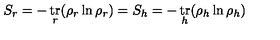
S _ { r } = - \mathop { \mathrm { t r } } _ { r } ( \rho _ { r } \ln \rho _ { r } ) = S _ { h } = - \mathop { \mathrm { t r } } _ { h } ( \rho _ { h } \ln \rho _ { h } )